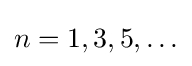
n=1,3,5,\ldots